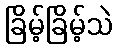
ခြိမ့်ခြိမ့်သဲ